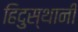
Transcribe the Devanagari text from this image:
हिदुस्थानी